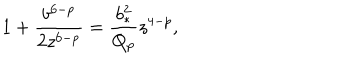
1 + { \frac { b ^ { 6 - p } } { 2 z ^ { 6 - p } } } = { \frac { b _ { * } ^ { 2 } } { Q _ { p } } } z ^ { 4 - p } ,